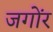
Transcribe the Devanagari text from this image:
जगोंर